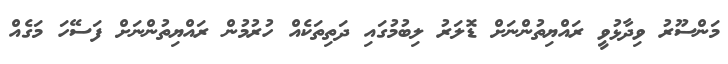
މަންސޫރު ވިދާޅުވީ ރައްޔިތުންނަށް ޑޮލަރު ލިބުމުގައި ދަތިތަކެއް ހުރުމުން ރައްޔިތުންނަށް ފަސޭހަ މަގެއް